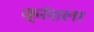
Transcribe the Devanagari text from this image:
क्रॅशला